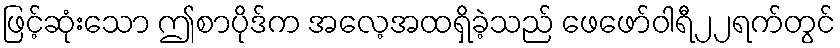
ဖြင့်ဆုံးသော ဤစာပိုဒ်က အလေ့အထရှိခဲ့သည် ဖေဖော်ဝါရီ၂၂ရက်တွင်